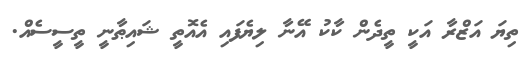
ތިޔަ އަޒްރާ އަކީ ތީދެން ކާކު އޭނާ ލިޔެފައި އެއޮތީ ޝައިޠާނީ ތީސީސެއް.